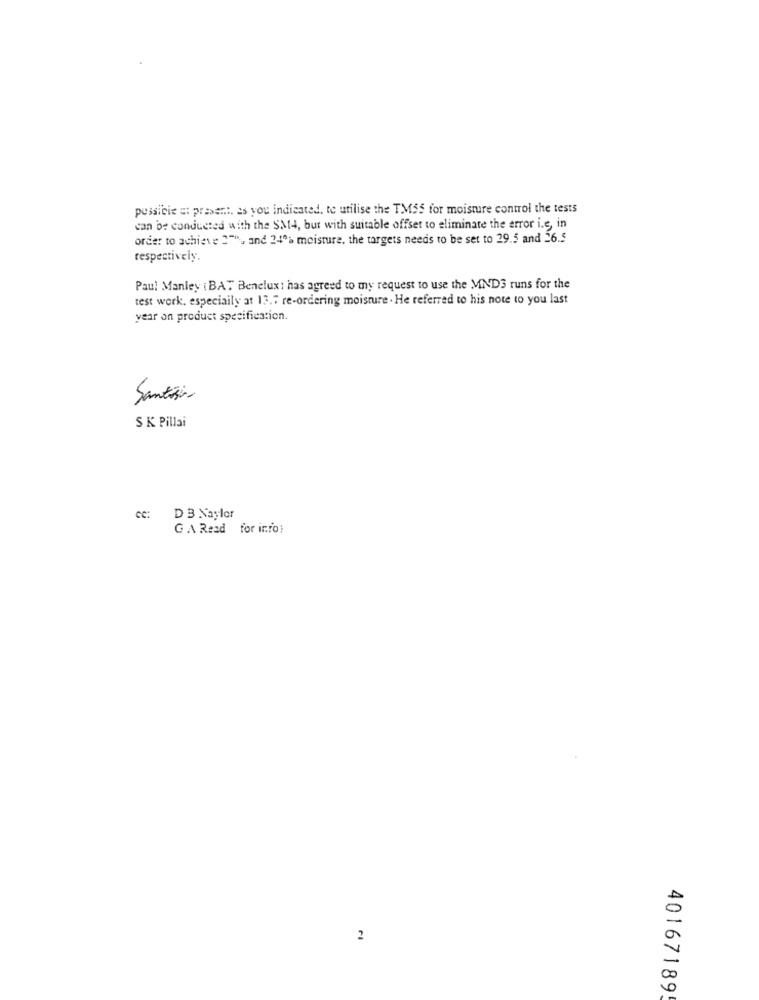
possicie at present. as you indicated, te utilise the TMSS for moisture control the tests
can be conducted with the $M4, but with suitable offset to eliminate the error i.e, in
order to achieve 2", and 24"> moisture. the targets needs to be set to 29.5 and 26.5
respectively.
Paul Manley ( BAT Benelux: has agreed to my request to use the MINDS runs for the
test work, especially at 13.7 re-ordering moisture . He referred to his note to you last
year on product specification.
Santosin
S K Pillai
cc: D B Naylor
G A Read for info:
2
40167189